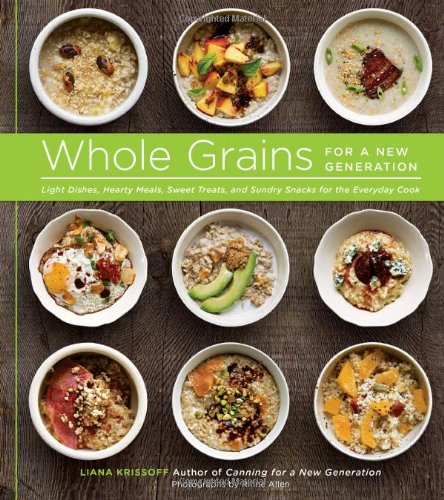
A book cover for Whole Grains for a New Generation: Light Dishes, Hearty Meals, Sweet Treats, and Sundry Snacks for the Everyday Cook; Liana Krissoff; Cookbooks, Food & Wine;